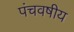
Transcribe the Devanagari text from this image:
पंचवषीय